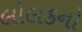
લોલકનો